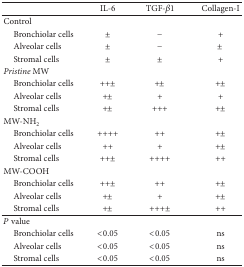
|  | IL-6 | TGF-β1 | Collagen-I |
 | --- | --- | --- | --- |
 | Control |  |  |  |
 | Bronchiolar cells | ± | − | + |
 | Alveolar cells | ± | − | ± |
 | Stromal cells | ± | ± | + |
 | Pristine MW |  |  |  |
 | Bronchiolar cells | ++± | +± | +± |
 | Alveolar cells | +± | + | + |
 | Stromal cells | +± | +++ | +± |
 | MW-NH2 |  |  |  |
 | Bronchiolar cells | ++++ | ++ | +± |
 | Alveolar cells | ++ | + | +± |
 | Stromal cells | ++± | ++++ | ++ |
 | MW-COOH |  |  |  |
 | Bronchiolar cells | ++± | ++ | +± |
 | Alveolar cells | +± | + | +± |
 | Stromal cells | +± | +++± | ++ |
 | P value |  |  |  |
 | Bronchiolar cells | <0.05 | <0.05 | ns |
 | Alveolar cells | <0.05 | <0.05 | ns |
 | Stromal cells | <0.05 | <0.05 | ns |